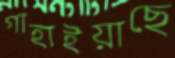
গাহাইয়াছে